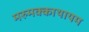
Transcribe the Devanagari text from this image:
मरुमक्काथायम